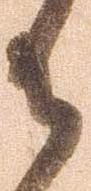
御